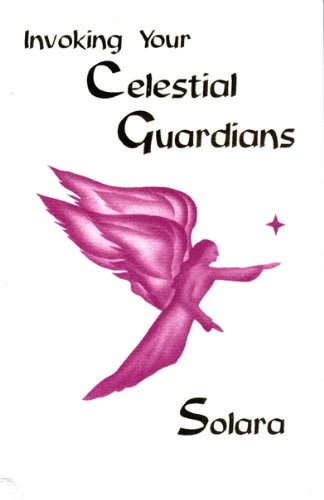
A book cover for Invoking Your Celestial Guardians; Solara; Self-Help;